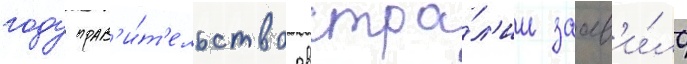
году прав'и́т'ельство австра́л'ии заав'и́ло